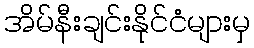
အိမ်နီးချင်းနိုင်ငံများမှ